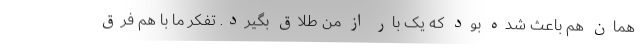
همان هم باعث شده بود که یک بار از من طلاق بگیرد. تفکر ما با هم فرق